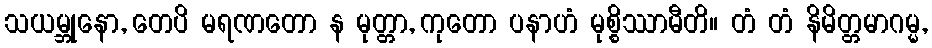
သယမ္ဘုနော, တေပိ မရဏတော န မုတ္တာ, ကုတော ပနာဟံ မုစ္စိဿာမီတိ။ တံ တံ နိမိတ္တမာဂမ္မ,